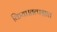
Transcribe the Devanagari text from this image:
किया।तत्पश्चात